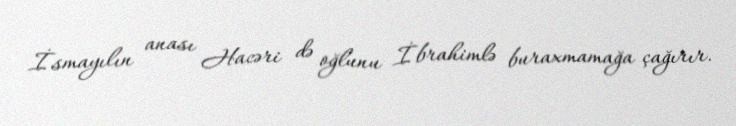
İsmayılın anası Hacəri də oğlunu İbrahimlə buraxmamağa çağırır.